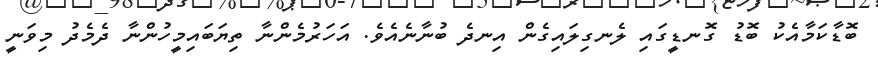
ބޮޑާކަމާއެކު ބޮޑު ގޮނޑީގައި ލެނގިލައިގެން އިނދެ ބުނާނެއެވެ. އަހަރުމެންނާ ތިޔަބައިމީހުންނާ ދެމެދު މިވަނީ